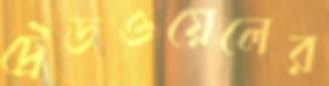
ট্রেডওয়েলের